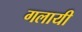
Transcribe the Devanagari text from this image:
गलायी